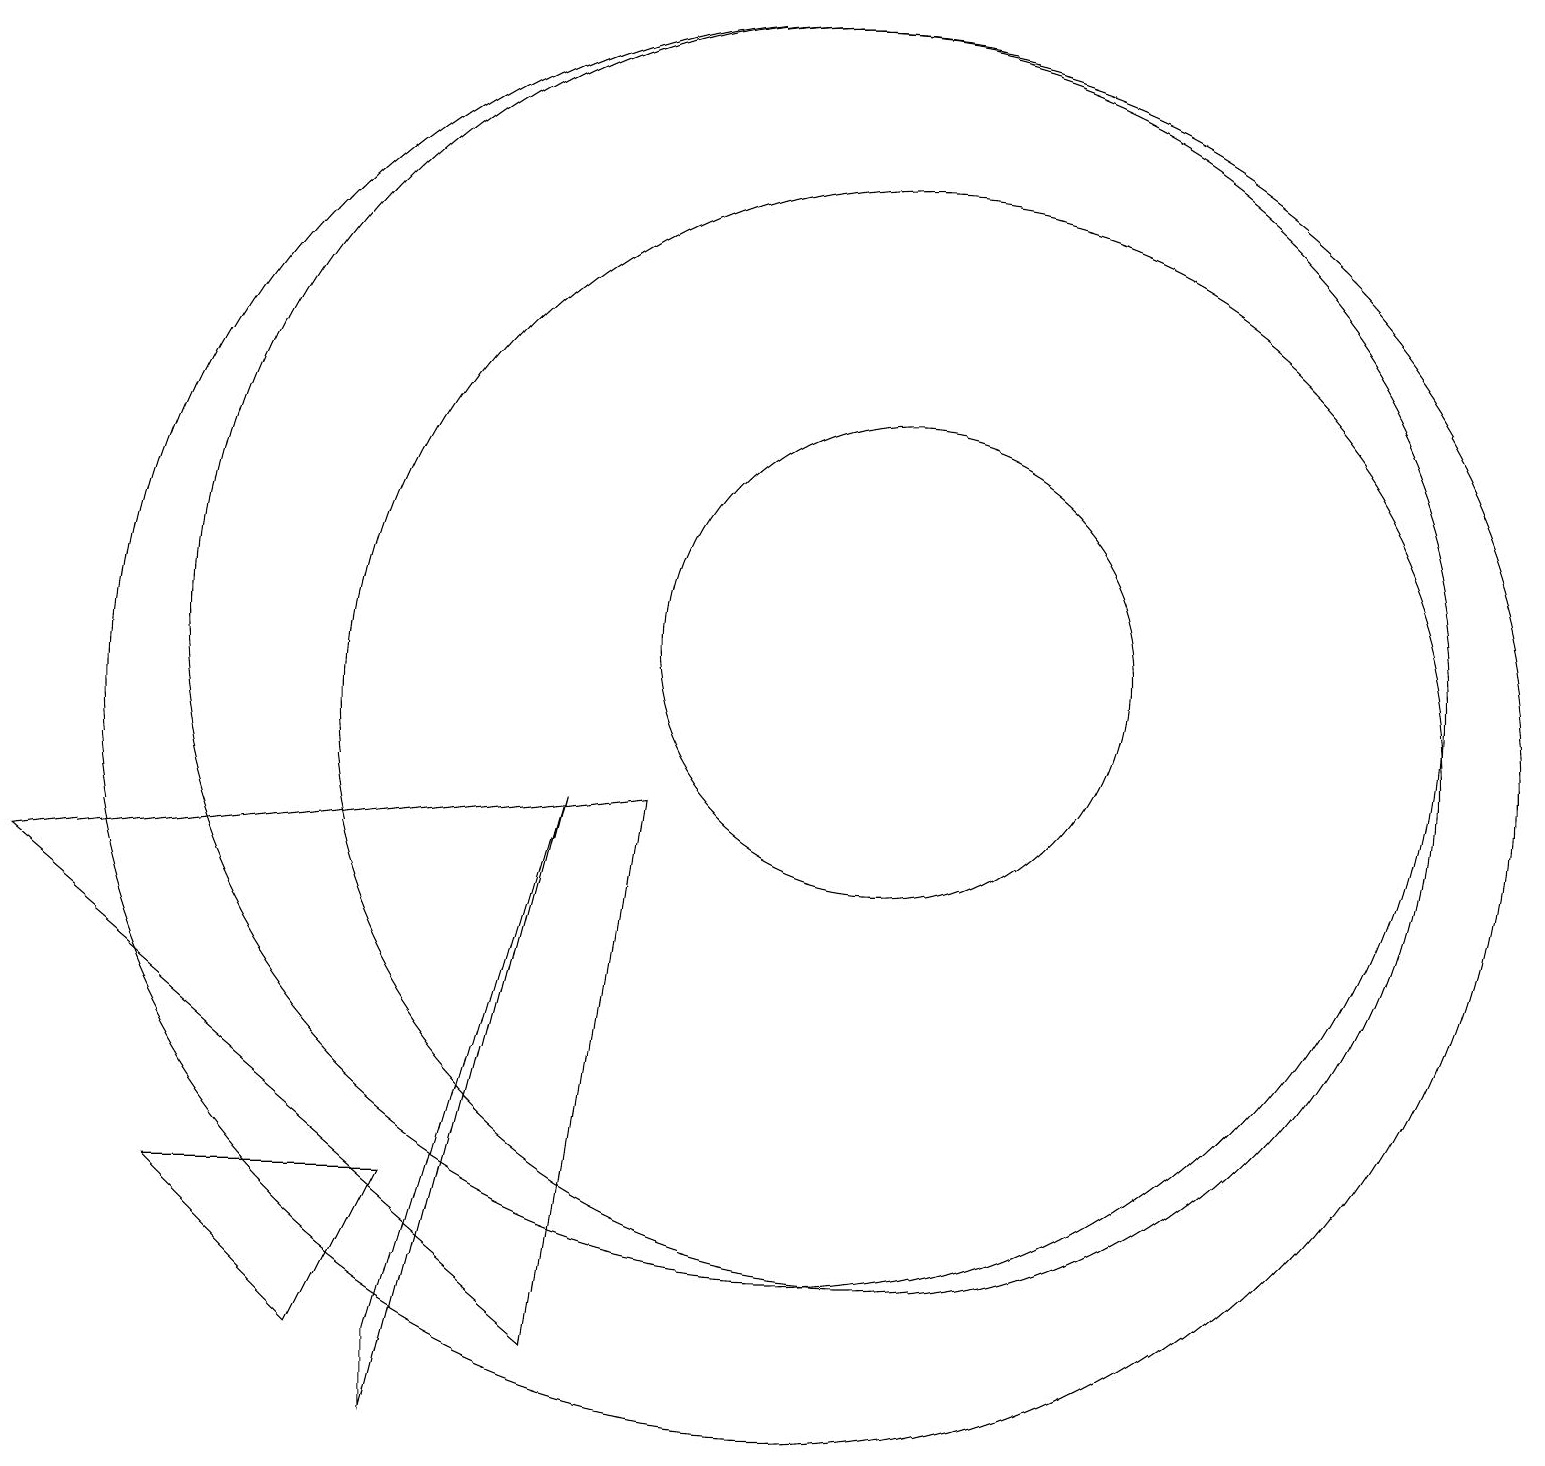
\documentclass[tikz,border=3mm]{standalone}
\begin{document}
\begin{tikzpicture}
\draw (4,2) -- (5,4) -- (2,4) -- cycle;
\draw (5,1) -- (7,9) -- (5,2) -- cycle;
\draw (11,11) circle (3);
\draw (0,8) -- (8,9) -- (7,2) -- cycle;
\draw (11,10) circle (7);
\draw (10,10) circle (9);
\draw (10,11) circle (8);
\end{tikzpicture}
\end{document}